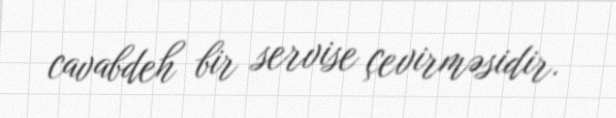
cavabdeh bir servise çevirməsidir.